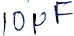
Text: 10µF